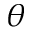
\theta